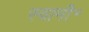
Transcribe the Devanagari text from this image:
स्वामी॰